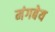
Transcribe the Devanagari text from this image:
मंगबेय